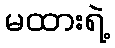
မထားရဲ့